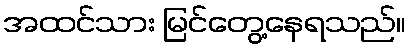
အထင်သား မြင်တွေ့နေရသည်။